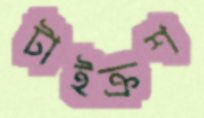
টাইক্রশ